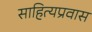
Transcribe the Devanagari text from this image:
साहित्यप्रवास